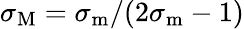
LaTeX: \sigma_{\mathrm{M}}=\sigma_{\mathrm{m}}/(2\sigma_{\mathrm{m}}-1)